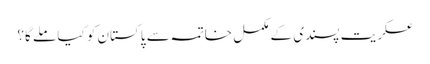
عسکریت پسندی کے مکمل خاتمہ سے پاکستان کو کیا ملے گا؟